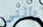
باننى